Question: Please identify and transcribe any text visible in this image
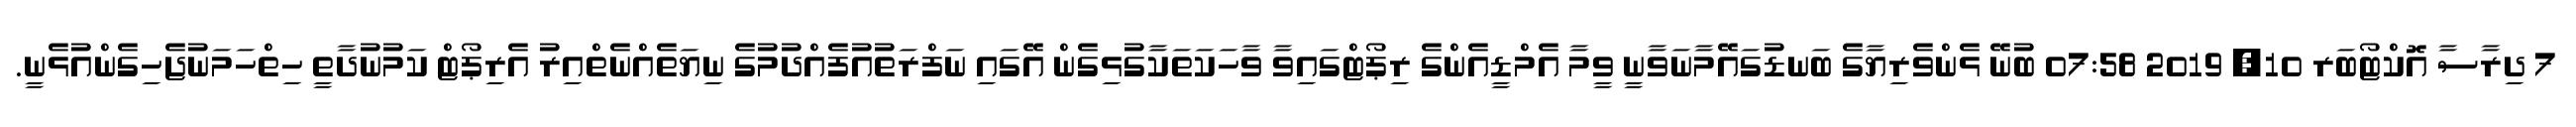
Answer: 7 ދިރާސާ އޮކްޓޯބަރ 10, 2019 07:58 ބުނޭ ޅެންވެރިޔާގެ ބަނޑުގައޭމާނަވާނީ ވީމާ އެމްޑީއެންގެ ރިޕޯޓްގައިވާ ވާހަކަތަކާގުޅިގެން އޭގައި ނަފްރަތުއުފެއްދުމުގެ ނިޔަތެއްނެތްއިރު އެރިޕޯޓް ކަމުނުދާތީ ހިތްހަމަނުޖެހިގެންއުޅެނީ.